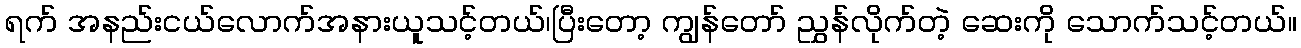
ရက် အနည်းငယ်လောက်အနားယူသင့်တယ်၊ပြီးတော့ ကျွန်တော် ညွှန်လိုက်တဲ့ ဆေးကို သောက်သင့်တယ်။